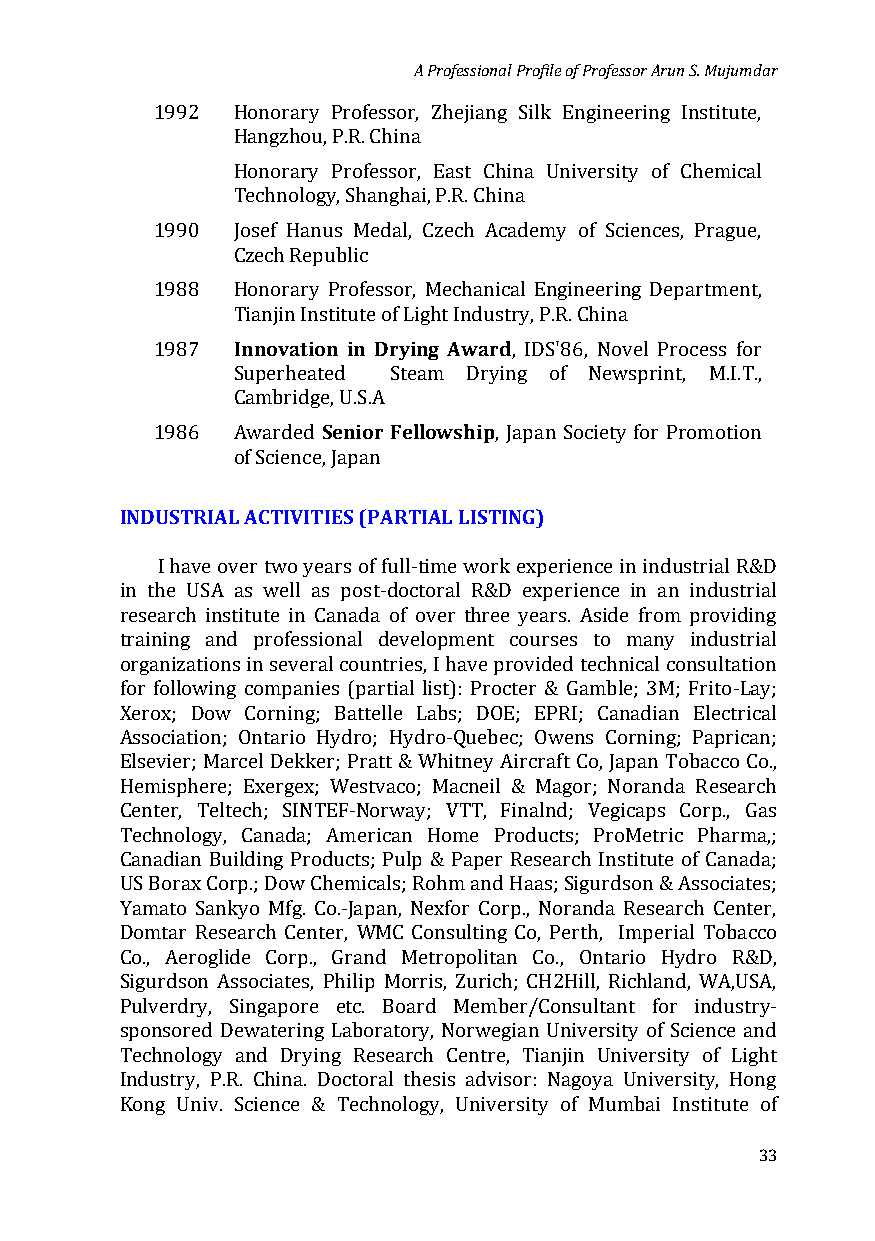
A Professional Profile of Professor Arun S. Mujumdar
 1992 Honorary Professor, Zhejiang Silk Engineering Institute,
 Hangzhou, P.R. China
 Honorary Professor, East China University of Chemical
 Technology, Shanghai, P.R. China
 1990 Josef Hanus Medal, Czech Academy of Sciences, Prague,
 Czech Republic
 1988 Honorary Professor, Mechanical Engineering Department,
 Innovation in Drying Award
 Tianjin Institute of Light Industry, P.R. China
 1987                    , IDS'86, Novel Process for
 Superheated Steam Drying of Newsprint, M.I.T.,
 Senior Fellowship
 Cambridge, U.S.A
 1986 Awarded           , Japan Society for Promotion
 of Science, Japan
 INDUSTRIAL ACTIVITIES (PARTIAL LISTING)
 I have over two years of full-time work experience in industrial R&D
 in the USA as well as post-doctoral R&D experience in an industrial
 research institute in Canada of over three years. Aside from providing
 training and professional development courses to many industrial
 organizations in several countries, I have provided technical consultation
 for following companies (partial list): Procter & Gamble; 3M; Frito-Lay;
 Xerox; Dow Corning; Battelle Labs; DOE; EPRI; Canadian Electrical
 Association; Ontario Hydro; Hydro-Quebec; Owens Corning; Paprican;
 Elsevier; Marcel Dekker; Pratt & Whitney Aircraft Co, Japan Tobacco Co.,
 Hemisphere; Exergex; Westvaco; Macneil & Magor; Noranda Research
 Center, Teltech; SINTEF-Norway; VTT, Finalnd; Vegicaps Corp., Gas
 Technology, Canada; American Home Products; ProMetric Pharma,;
 Canadian Building Products; Pulp & Paper Research Institute of Canada;
 US Borax Corp.; Dow Chemicals; Rohm and Haas; Sigurdson & Associates;
 Yamato Sankyo Mfg. Co.-Japan, Nexfor Corp., Noranda Research Center,
 Domtar Research Center, WMC Consulting Co, Perth, Imperial Tobacco
 Co., Aeroglide Corp., Grand Metropolitan Co., Ontario Hydro R&D,
 Sigurdson Associates, Philip Morris, Zurich; CH2Hill, Richland, WA,USA,
 Pulverdry, Singapore etc. Board Member/Consultant for industry-
 sponsored Dewatering Laboratory, Norwegian University of Science and
 Technology and Drying Research Centre, Tianjin University of Light
 Industry, P.R. China. Doctoral thesis advisor: Nagoya University, Hong
 Kong Univ. Science & Technology, University of Mumbai Institute of
 33